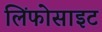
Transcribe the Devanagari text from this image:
लिंफोसाइट